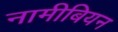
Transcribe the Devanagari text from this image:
नामीबियन